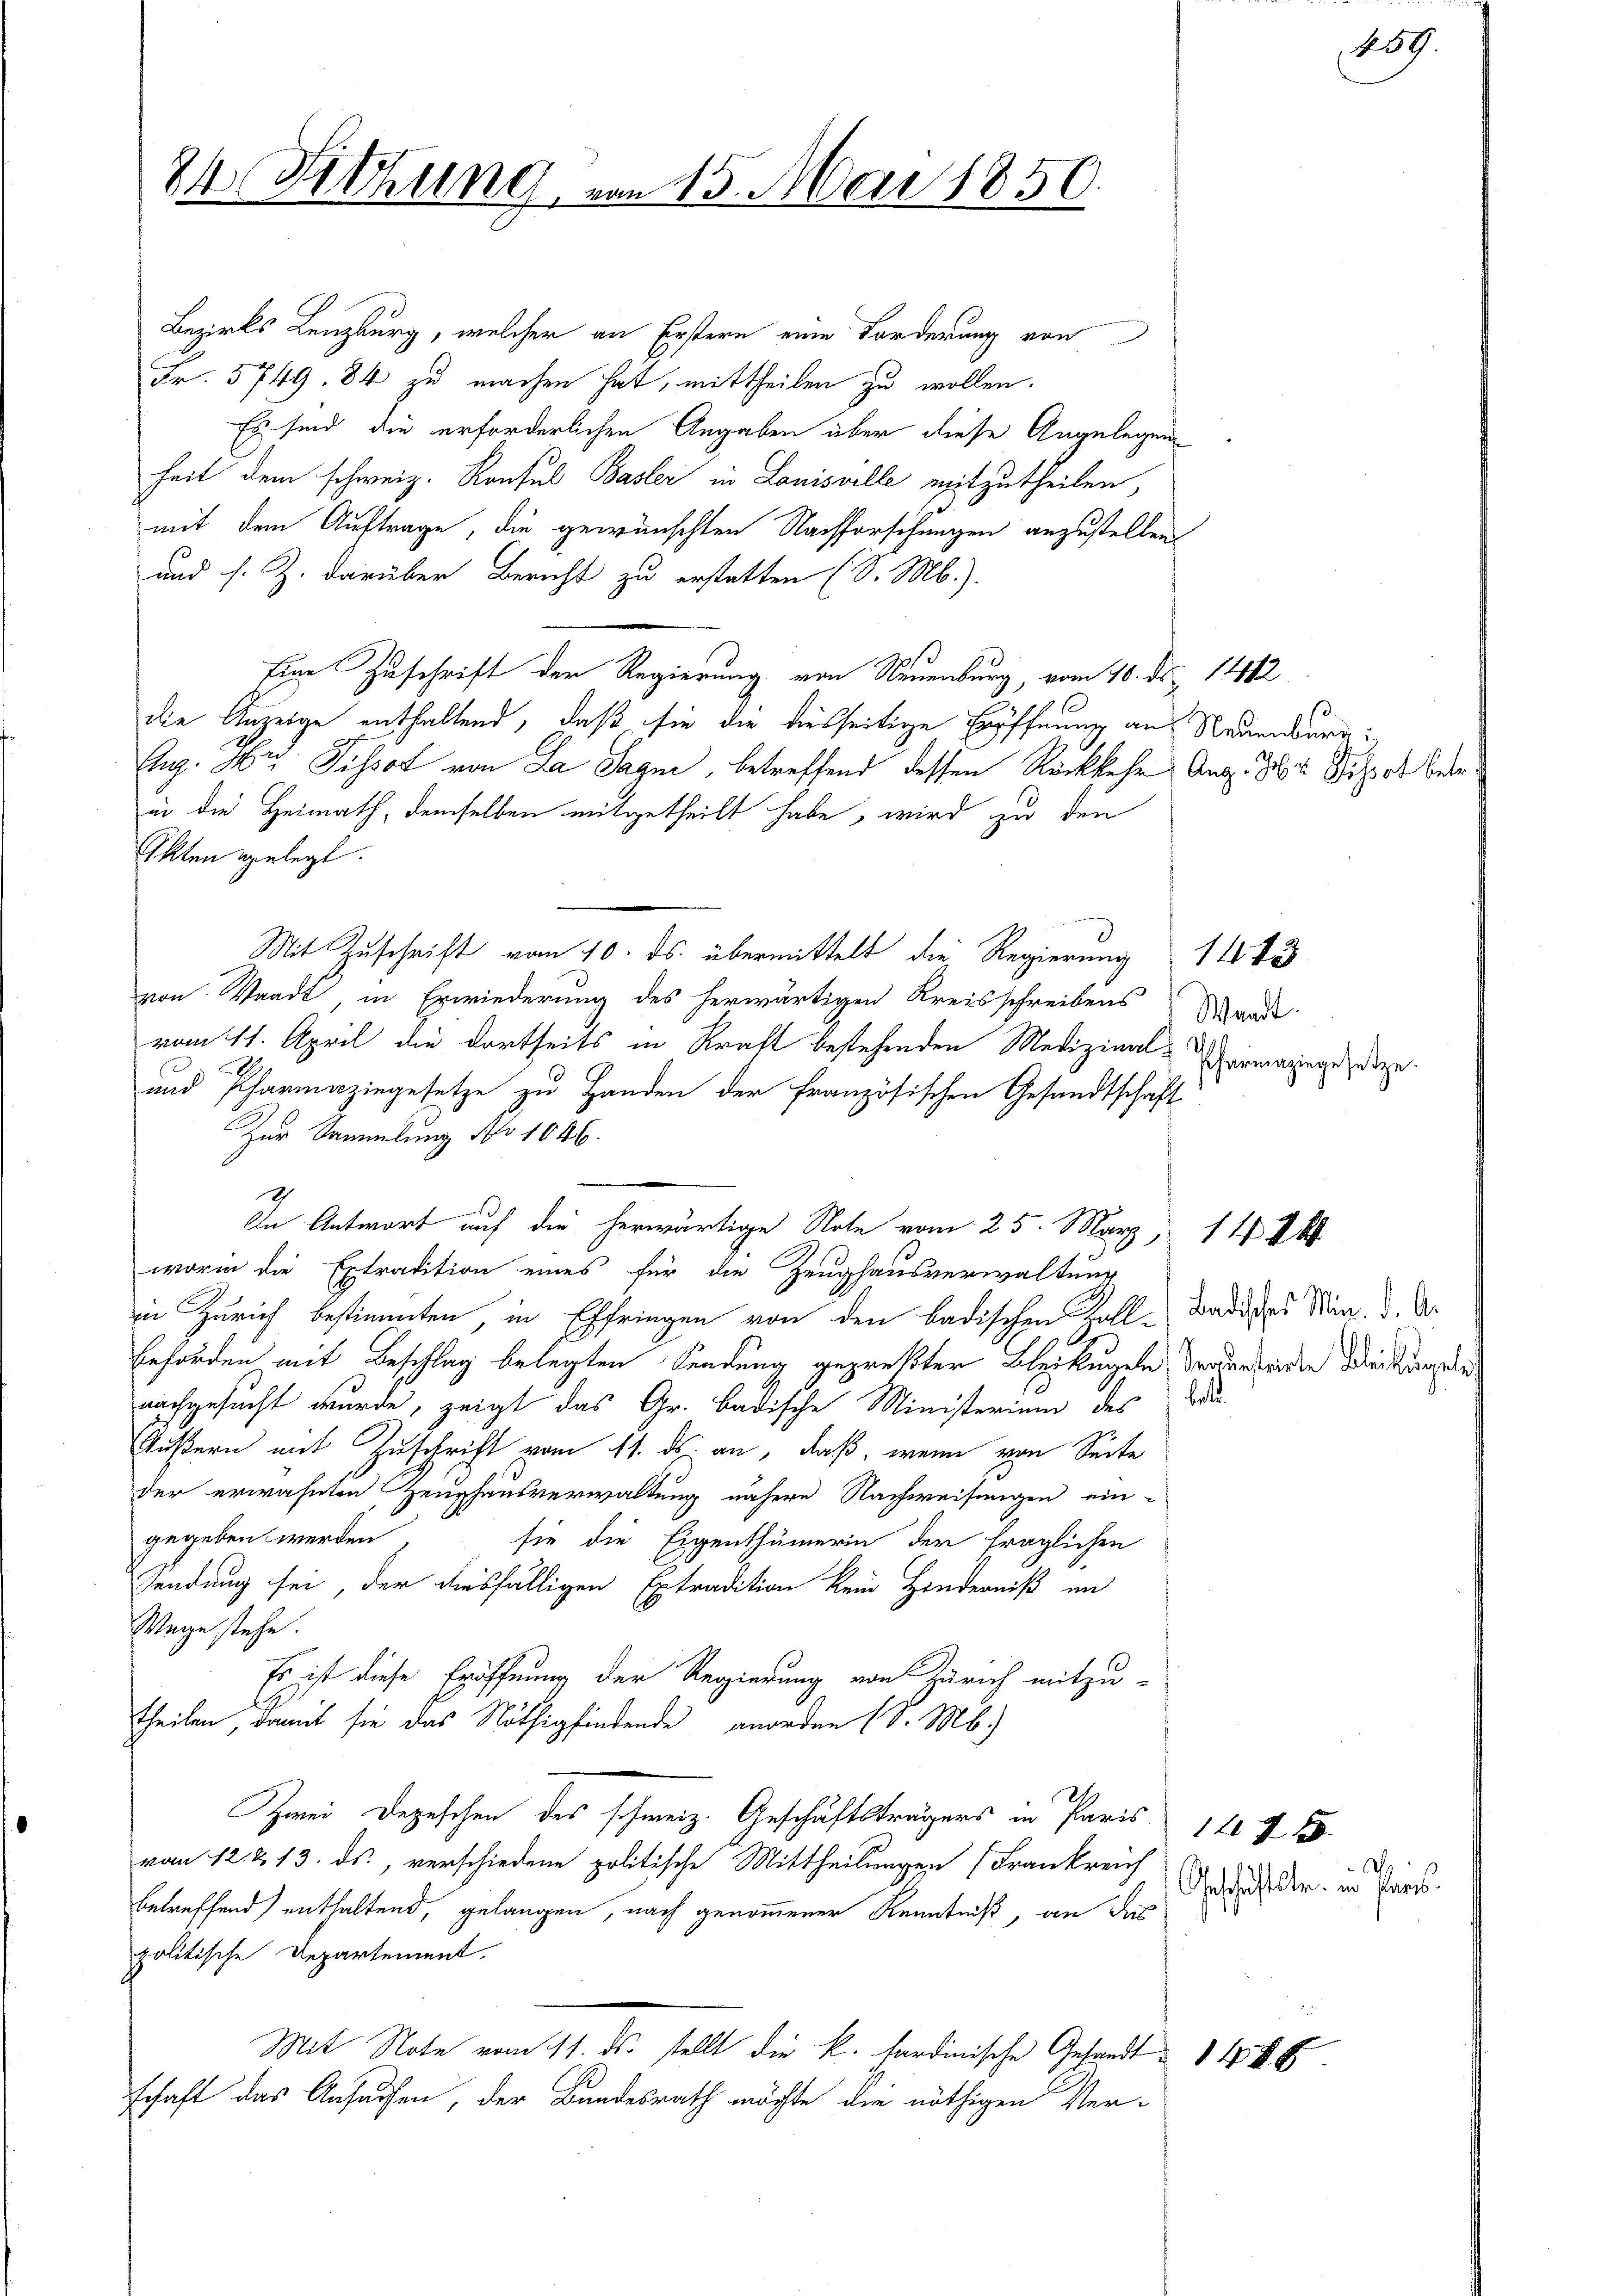
24 Fitzung

Bezirks Lenzburg, welcher an Erstern eine Forderung von
Fr. 5749. 84 zu machen hat, mittheilen zu wollen.
Es sind die erforderlichen Angaben über diese Angelegen
heit dem schweiz. Konsul Basler in Louisville mitzutheilen,
mit dem Auftrage, die gewünschten Nachforschungen anzustellen
und s. Z. darüber Bericht zu erstatten (S. M.).
Eine Zuschrift der Regierung von Neuenburg, vom 10. ds. 14482
die Anzeige enthaltend, daß sie die diesseitige Eröffnung an Neuenburg:
Aug. Hr. Pissot von La Sagni, betreffend dessen Rückkehr Aug. des Sitz ob Beerin die Heimath, demselben mitgetheilt habe, wird zu den
Ellten gelegt.
Mit Zuschrift vom 10. ds. übermittelt die Regierung 11 43
von Standt, in Erwiederung des herwärtigen Kreisschreibens
vom 11. April die dortseits in Kraft bestehenden Medizinal¬
A
und Pharmazingesetze zu Handen der französischen Gesandtschäft
Zur Sammlung No 1046.
Ich
In Antwort auf die herwärtige Note vom 25. März, 1446
worin die Extradition eines für die Zeughausverwaltung
in Zürich bestimmten, in Effringen von den badischen Zoll-Badides San. d. d.
Beförden mit Beschlag belegten Sendung geprekter Bleikugeln, Mader beiden Wirkung die
nachgesucht wurde, zeigt das Gr. Badische Ministerium des Bau-
Äußern mit Zuschrift vom 11. ds. an, daß, wenn von Seite
der erwähnten Zeughausverwaltung nähere Nachweisungen ein-
gegeben werden, sie die Eigenthümerin der fraglichen
Sendung sei, der diesfälligen Extradition kein Hinderniß in
Wege stehe.
Es ist diese Eröffnung der Regierung von Zürich mitzu-
theilen, damit sie das Nöthig findende anorden (S. M.)
Zwei Depeschen des schweiz. Geschäftsträgers in Paris
vom 12 & 13. ds., verschiedene politische Mittheilungen (Frankreich
betreffend enthaltend, gelangen, nach genommener Kenntniß, an das
politische Departement
Mit Note vom 11. ds. stellt die k. hardinische Gesandt § 186
schaft das Ansuchen, der Bundesrath möchte die nöthigen Ver¬

von 15. Mai 1856

Waadt.
Pharmazingesetze.

269

14 x
d
Geschäftstr. in Pers.